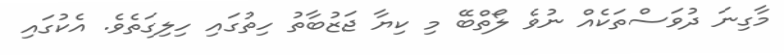
މާގިނަ ދުވަސްތަކެއް ނުވެ ލޯތްބޭ މި ކިޔާ ޖަޒުބާތު ހިތުގައި ހިލިގަތެވެ. އެކުގައި